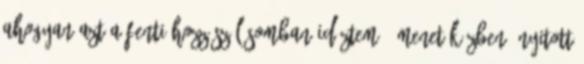
ahogyan azt a fenti hozzászólásomban idéztem. „Menet közben” nyitott